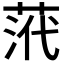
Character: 𮏠